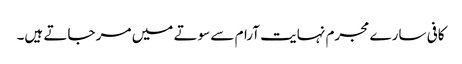
کافی سارے مجرم نہایت آرام سے سوتے میں مر جاتے ہیں۔